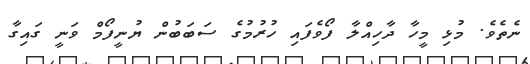
ނެތެވެ. މުޅި މީހާ ދާހިއްލާ ފޯވެފައި ހުރުމުގެ ސަބަބުންް ޔުނީފޯމް ވަނީ ގައިގާ